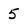
Character: 5